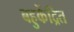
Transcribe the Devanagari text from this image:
बहुकेंद्रित